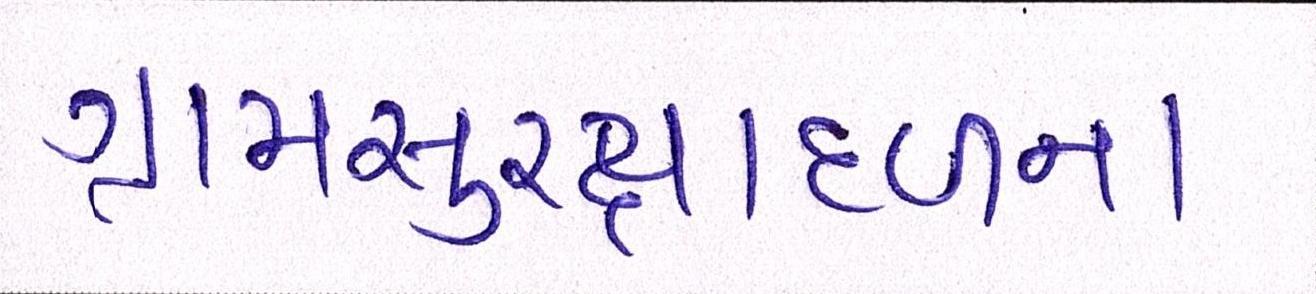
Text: ગ્રામસુરક્ષાદળના